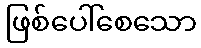
ဖြစ်ပေါ်စေသော